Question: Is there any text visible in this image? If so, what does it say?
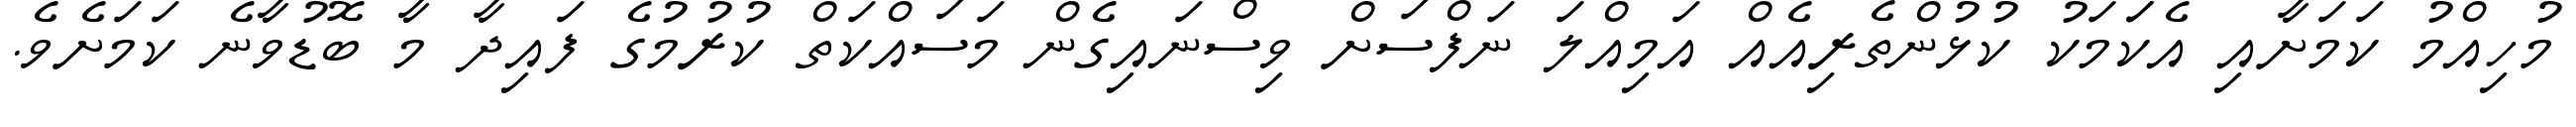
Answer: މުހިއްމު ކަމަށާއި އެކަަމަކު ކުޅުންތެރިއެއް އަމިއްލަ ނަފްސަށް ވިސްނައިގެން މަސައްކަތް ކުރުމުގެ ފައިދާ މާ ބޮޑުވާނެ ކަމަށެވެ.